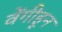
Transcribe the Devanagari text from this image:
वेंगीहून